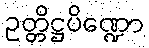
ဥတ္တိဋ္ဌပိဏ္ဍော